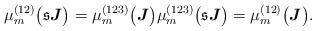
LaTeX: \begin{align*}\mu_m^{(12)}\big(\mathfrak{s}\boldsymbol{J}\big)=\mu_m^{(123)}\big(\boldsymbol{J}\big)\mu_m^{(123)}\big(\mathfrak{s}\boldsymbol{J}\big)=\mu_m^{(12)}\big(\boldsymbol{J}\big).\end{align*}